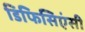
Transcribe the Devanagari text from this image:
डिफिसिएंसी